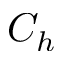
C _ { h }